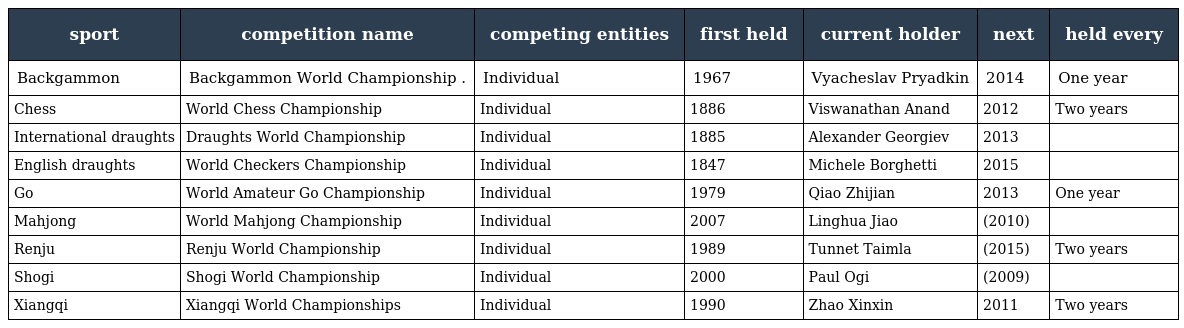
| sport | competition name | competing entities | first held | current holder | next | held every |
 | --- | --- | --- | --- | --- | --- | --- |
 | Backgammon | Backgammon World Championship . | Individual | 1967 | Vyacheslav Pryadkin | 2014 | One year |
 | Chess | World Chess Championship | Individual | 1886 | Viswanathan Anand | 2012 | Two years |
 | International draughts | Draughts World Championship | Individual | 1885 | Alexander Georgiev | 2013 |  |
 | English draughts | World Checkers Championship | Individual | 1847 | Michele Borghetti | 2015 |  |
 | Go | World Amateur Go Championship | Individual | 1979 | Qiao Zhijian | 2013 | One year |
 | Mahjong | World Mahjong Championship | Individual | 2007 | Linghua Jiao | (2010) |  |
 | Renju | Renju World Championship | Individual | 1989 | Tunnet Taimla | (2015) | Two years |
 | Shogi | Shogi World Championship | Individual | 2000 | Paul Ogi | (2009) |  |
 | Xiangqi | Xiangqi World Championships | Individual | 1990 | Zhao Xinxin | 2011 | Two years |